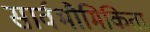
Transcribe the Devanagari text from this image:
सार्वभौमिकिता